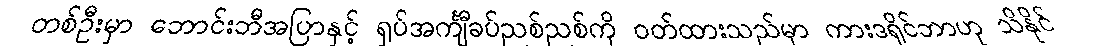
တစ်ဦးမှာ ဘောင်းဘီအပြာနှင့် ရှပ်အင်္ကျီခပ်ညစ်ညစ်ကို ဝတ်ထားသည်မှာ ကားဒရိုင်ဘာဟု သိနိုင်